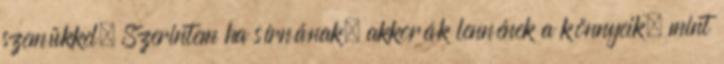
szemükkel. Szerintem ha sírnának, akkorák lennének a könnyeik, mint